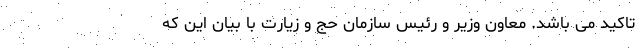
تاکید می باشد. معاون وزیر و رئیس سازمان حج و زیارت با بیان این که